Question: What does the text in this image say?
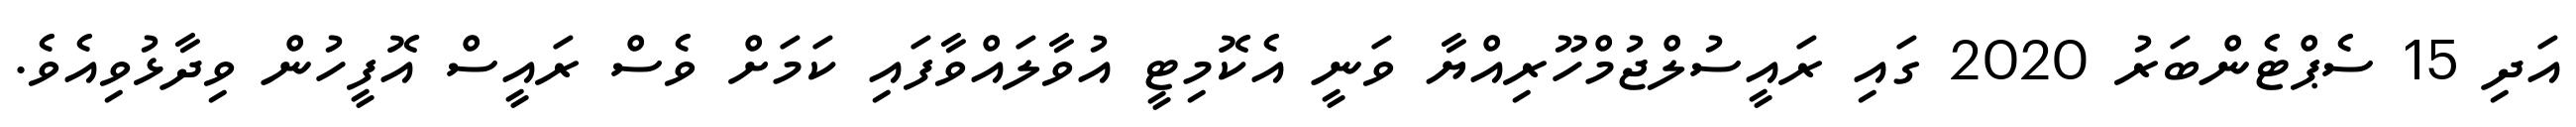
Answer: އަދި 15 ސެޕްޓެންބަރު 2020 ގައި ރައީސުލްޖުމްހޫރިއްޔާ ވަނީ އެކޮމިޓީ އުވާލައްވާފައި ކަމަށް ވެސް ރައީސް އޮފީހުން ވިދާޅުވިއެވެ.